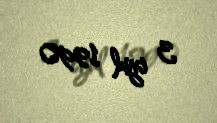
3 iyul 1990